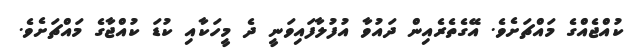
ކުއްޖެއްގެ މައްޗަށެވެ. އޭގެތެރެއިން ދައުވާ އުފުލާފައިވަނީ ދެ މީހަކާއި ކުޑަ ކުއްޖާގެ މައްޗަށެވެ.